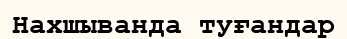
Нахшыванда туғандар